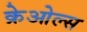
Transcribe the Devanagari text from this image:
क्रेओल्स